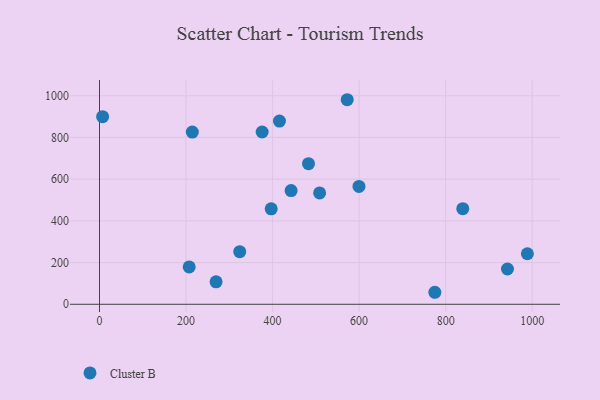
{"axis": {"x": "Investment", "y": "Sales"}, "legend": ["Cluster B"], "data": [{"x": "839.6", "y": 458.3, "type": "Cluster B"}, {"x": "396.8", "y": 457.5, "type": "Cluster B"}, {"x": "7.2", "y": 899.5, "type": "Cluster B"}, {"x": "942.9", "y": 169.3, "type": "Cluster B"}, {"x": "599.7", "y": 565.2, "type": "Cluster B"}, {"x": "207.3", "y": 179.2, "type": "Cluster B"}, {"x": "442.8", "y": 545.2, "type": "Cluster B"}, {"x": "572.5", "y": 980.7, "type": "Cluster B"}, {"x": "483.0", "y": 674.3, "type": "Cluster B"}, {"x": "269.4", "y": 107.8, "type": "Cluster B"}, {"x": "988.9", "y": 242.2, "type": "Cluster B"}, {"x": "214.5", "y": 825.7, "type": "Cluster B"}, {"x": "775.0", "y": 57.6, "type": "Cluster B"}, {"x": "508.7", "y": 534.0, "type": "Cluster B"}, {"x": "375.9", "y": 826.0, "type": "Cluster B"}, {"x": "324.1", "y": 252.4, "type": "Cluster B"}, {"x": "415.9", "y": 878.5, "type": "Cluster B"}]}